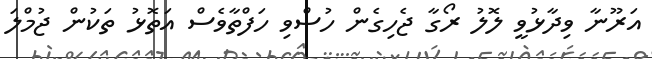
އަރޫނާ ވިދާޅުވީ ލޮލު ރޯގާ ޖެހިގެން ހުސްވި ހަފްތާވެސް އަތޮޅު ތަކުން ޖުމްލަ